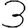
Digit: 3